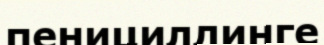
пенициллинге